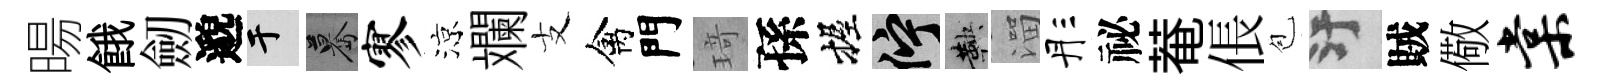
暘餓劒邈于驀寥涼斕支禽門𤦺孫握伫鞅溜彤祕菴倀苞污賊儆棠